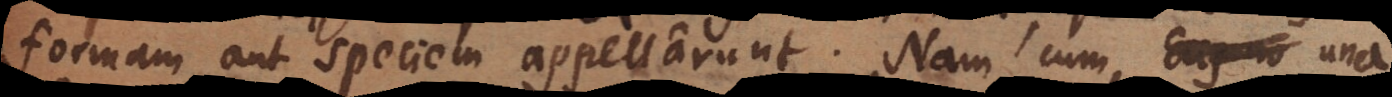
formam aut speciem appellarunt. Nam cum una